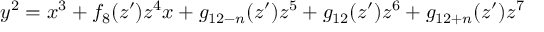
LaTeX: y ^ { 2 } = x ^ { 3 } + f _ { 8 } ( z ^ { \prime } ) z ^ { 4 } x + g _ { 1 2 - n } ( z ^ { \prime } ) z ^ { 5 } + g _ { 1 2 } ( z ^ { \prime } ) z ^ { 6 } + g _ { 1 2 + n } ( z ^ { \prime } ) z ^ { 7 }